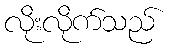
လိုးလိုက်သည်